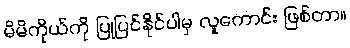
မိမိကိုယ်ကို ပြုပြင်နိုင်ပါမှ လူကောင်း ဖြစ်တာ။